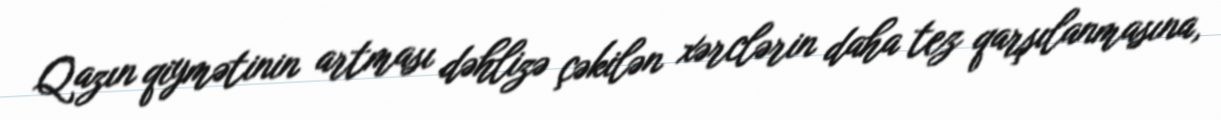
Qazın qiymətinin artması dəhlizə çəkilən xərclərin daha tez qarşılanmasına,